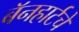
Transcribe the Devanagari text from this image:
बॅनहार्टचे